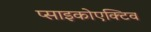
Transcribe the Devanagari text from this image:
प्साइकोएक्टिव